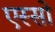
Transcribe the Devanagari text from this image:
एस्सो